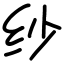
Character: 纱